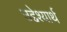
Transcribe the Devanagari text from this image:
उद्देश्यार्थ